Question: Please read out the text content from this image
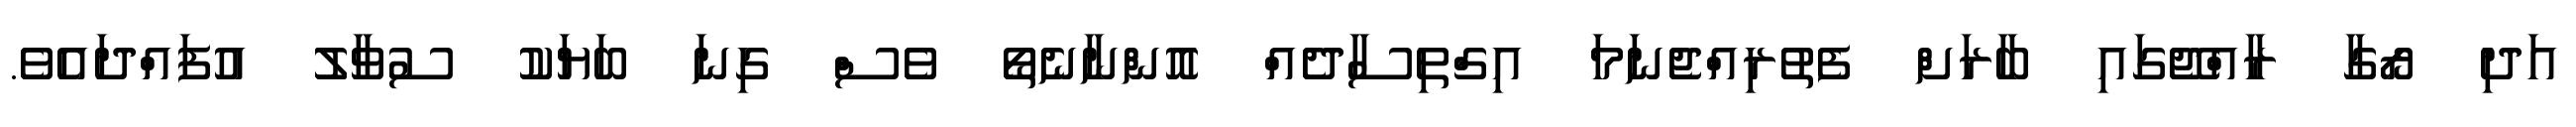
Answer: އަދި ރޯގާ ރާއްޖޭގައި ބާރަށް ފެތުރިއްޖެނަމަ އިގްތިސާދެއް އޮންނާނެތޯ ވެސް ގިނަ ބަޔަކު ސުވާލު އުފައްދައެވެ.